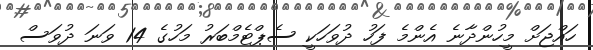
ހައްޖަށް މީހުންދާނެ އެންމެ ފަހު ދުވަހަކީ ސެޕްޓެމްބަރު މަހުގެ 14 ވަނަ ދުވަސް